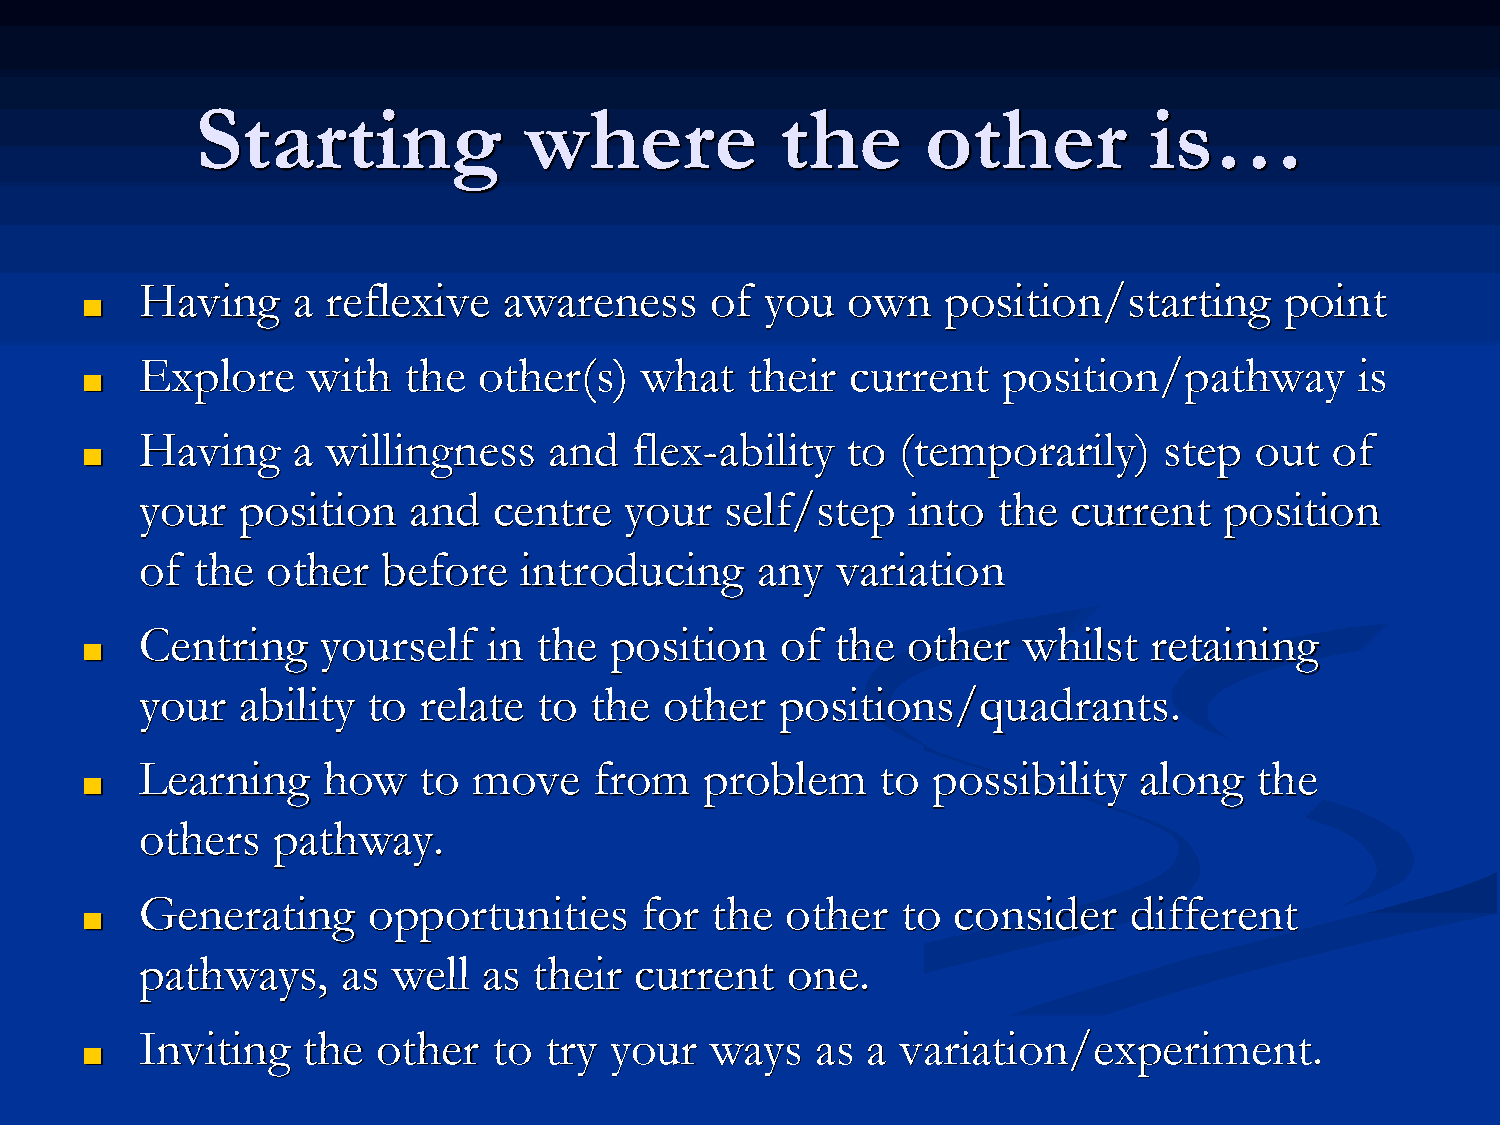
Starting              where            the      other          is…
 Having    a  reflexive  awareness     of  you  own    position/starting     point
 ■
 Explore    with   the  other(s)  what   their  current   position/pathway        is
 ■
 Having    a  willingness   and   flex-ability  to  (temporarily)    step  out  of
 ■
 your   position   and   centre  your   self/step   into  the  current   position
 of  the  other  before   introducing     any  variation
 Centring    yourself   in the  position    of the  other   whilst  retaining
 ■
 your   ability to  relate  to the  other   positions/quadrants.
 Learning    how    to move    from    problem    to  possibility  along   the
 ■
 others   pathway.
 Generating     opportunities     for  the  other   to consider    different
 ■
 pathways,     as well  as their  current   one.
 Inviting   the  other   to try your   ways   as a  variation/experiment.
 ■